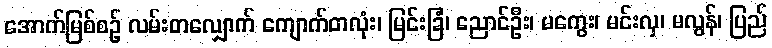
အောက်မြစ်စဉ် လမ်းတလျှောက် ကျောက်တလုံး၊ မြင်းခြံ၊ ညောင်ဦး၊ မကွေး၊ မင်းလှ၊ မလွန်၊ ပြည်